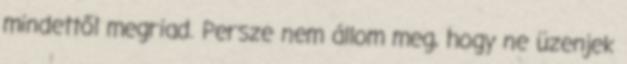
mindettől megriad. Persze nem állom meg, hogy ne üzenjek